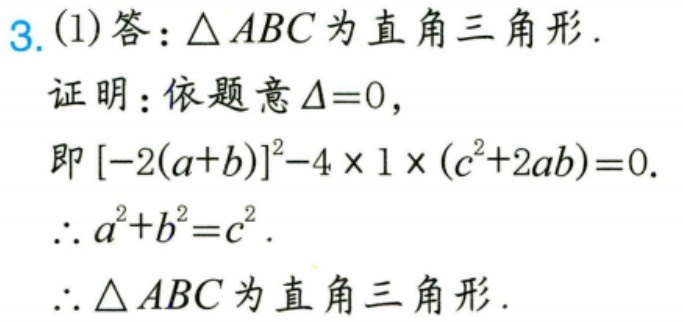
3. (1) 答：\(\triangle ABC\)为直角三角形.
证明：依题意\(\Delta = 0\)，
即\([-2(a + b)]^{2}-4\times1\times(c^{2}+2ab)=0\).
\(\therefore a^{2}+b^{2}=c^{2}\).
\(\therefore \triangle ABC\)为直角三角形.